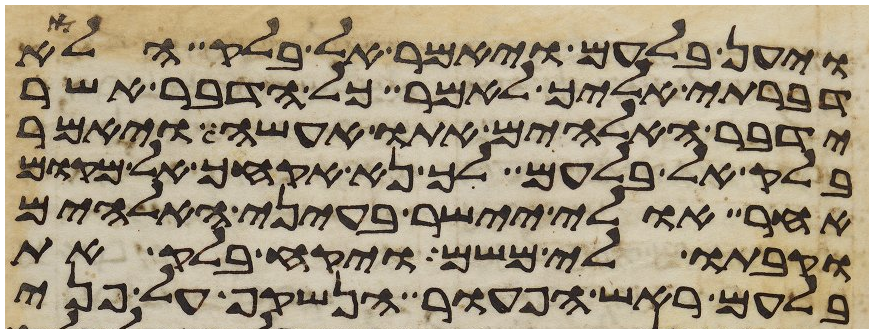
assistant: ויען בלעם ויאמר אל בלק הלוא
דברתי אליך לאמר כל הדבר אשר
ידבר האלהים אתו אעשה ויאמר
בלק אל בלעם לך נא אקחך אל מקום
אחר אולי יישר בעיני האלהים
וקבתו לי משם ויקח בלק את
בלעם ראש הפעור הנשקף על פני